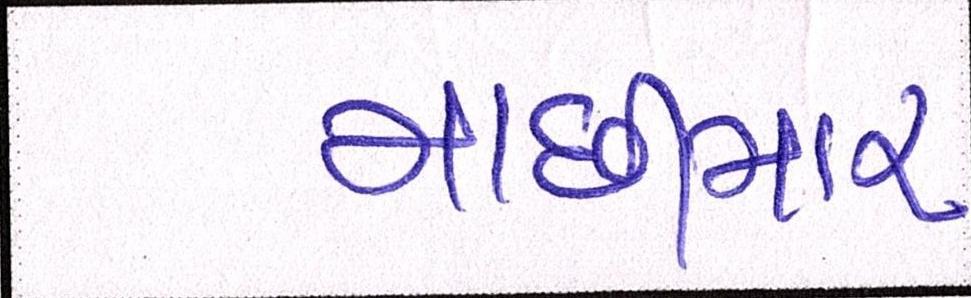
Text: માછીમાર